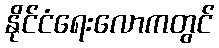
နိုင်ငံရေးလောကတွင်